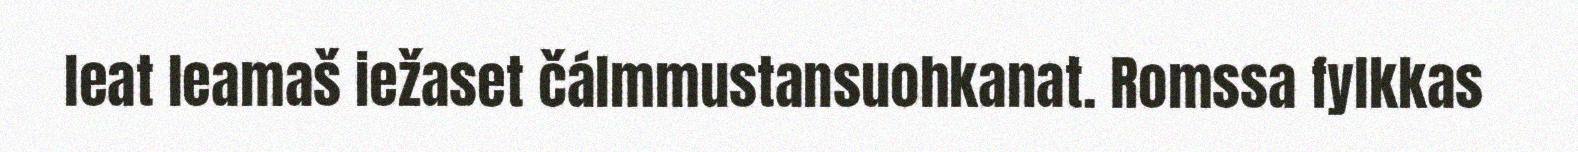
leat leamaš iežaset čálmmustansuohkanat. Romssa fylkkas